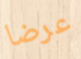
عرضا